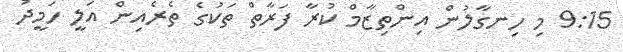
9:15 މި ހިނގާލުން އިންތިޒާމް ކުރާ ފަރާތް ތަކުގެ ތެރެއިން އަލީ ހަމީދު